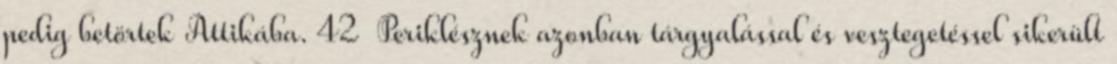
pedig betörtek Attikába. 42 Periklésznek azonban tárgyalással és vesztegetéssel sikerült